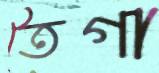
তৈগা